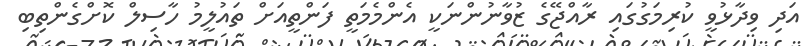
އަދި ވިދާޅުވީ ކުރިމަގުގައި ރާއްޖޭގެ ޒުވާނުންނަކީ އެންމެމަތީ ފަންތީއަށް ތައުލީމު ހާސިލް ކޮށްގެންތިބި